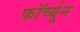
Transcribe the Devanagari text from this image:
फॉर्च्‍यून